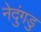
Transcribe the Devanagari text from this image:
नेदुंगडु